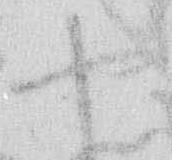
や